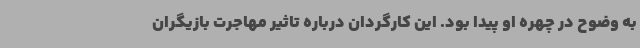
به وضوح در چهره او پیدا بود. این کارگردان درباره تاثیر مهاجرت بازیگران